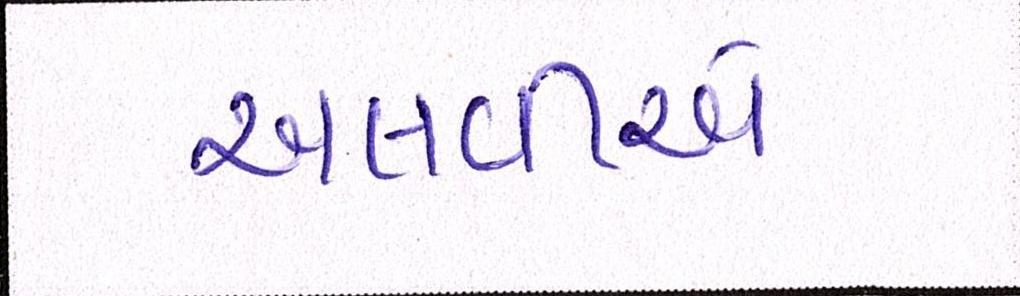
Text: અલવીએ